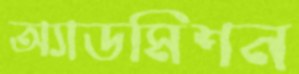
অ্যাডমিশন